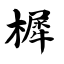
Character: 樨